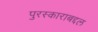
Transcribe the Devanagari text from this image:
पुरस्काराबद्दल